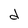
Character: d